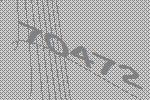
70472